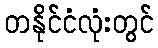
တနိုင်ငံလုံးတွင်